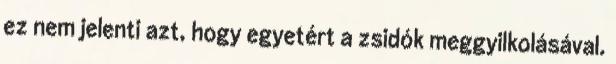
ez nem jelenti azt, hogy egyetért a zsidók meggyilkolásával.